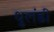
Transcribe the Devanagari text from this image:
धुलंडी